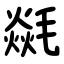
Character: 㲭